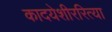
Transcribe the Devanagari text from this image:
कादयेशीररित्या